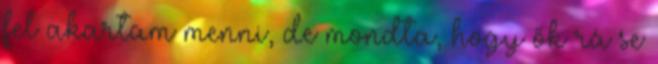
fel akartam menni, de mondta, hogy ők rá se